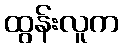
ထွန်းလူက